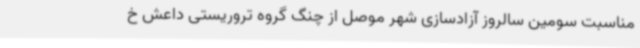
مناسبت سومین سالروز آزادسازی شهر موصل از چنگ گروه تروریستی داعش خ